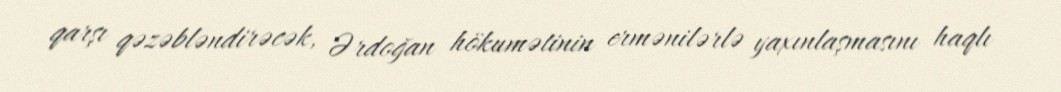
qarşı qəzəbləndirəcək, Ərdoğan hökumətinin ermənilərlə yaxınlaşmasını haqlı